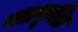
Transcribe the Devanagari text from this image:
बलकृतिः